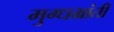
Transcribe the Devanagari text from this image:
मुग्धभ्रांती